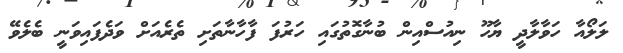
ލަލޯއާ ހަވާލާދީ ޔާހޫ ނިއުސްއިން ބުނާގޮތުގައި ހަރުފަ ފާހާނާތަށި ތެރެއަށް ވަދެފައިވަނީ ބެލެވޭ